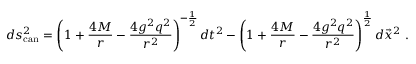
d s _ { \mathrm { c a n } } ^ { 2 } = \left( 1 + { \frac { 4 M } { r } } - { \frac { 4 g ^ { 2 } q ^ { 2 } } { r ^ { 2 } } } \right) ^ { - { \frac { 1 } { 2 } } } d t ^ { 2 } - \left( 1 + { \frac { 4 M } { r } } - { \frac { 4 g ^ { 2 } q ^ { 2 } } { r ^ { 2 } } } \right) ^ { \frac { 1 } { 2 } } d \vec { x } ^ { 2 } \ .